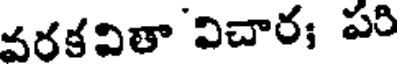
వరకవితా విచార; పరి